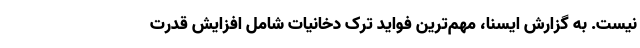
نیست. به گزارش ایسنا،‌ مهم‌ترین فواید ترک دخانیات شامل افزایش قدرت